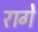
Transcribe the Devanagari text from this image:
रागे